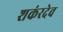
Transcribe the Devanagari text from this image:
शकंरदेव